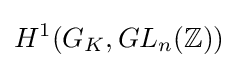
H^{1}(G_{K},GL_{n}(\mathbb {Z} ))